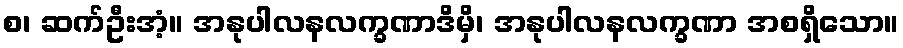
စ၊ ဆက်ဦးအံ့။ အနုပါလနလက္ခဏာဒိမှိ၊ အနုပါလနလက္ခဏာ အစရှိသော။